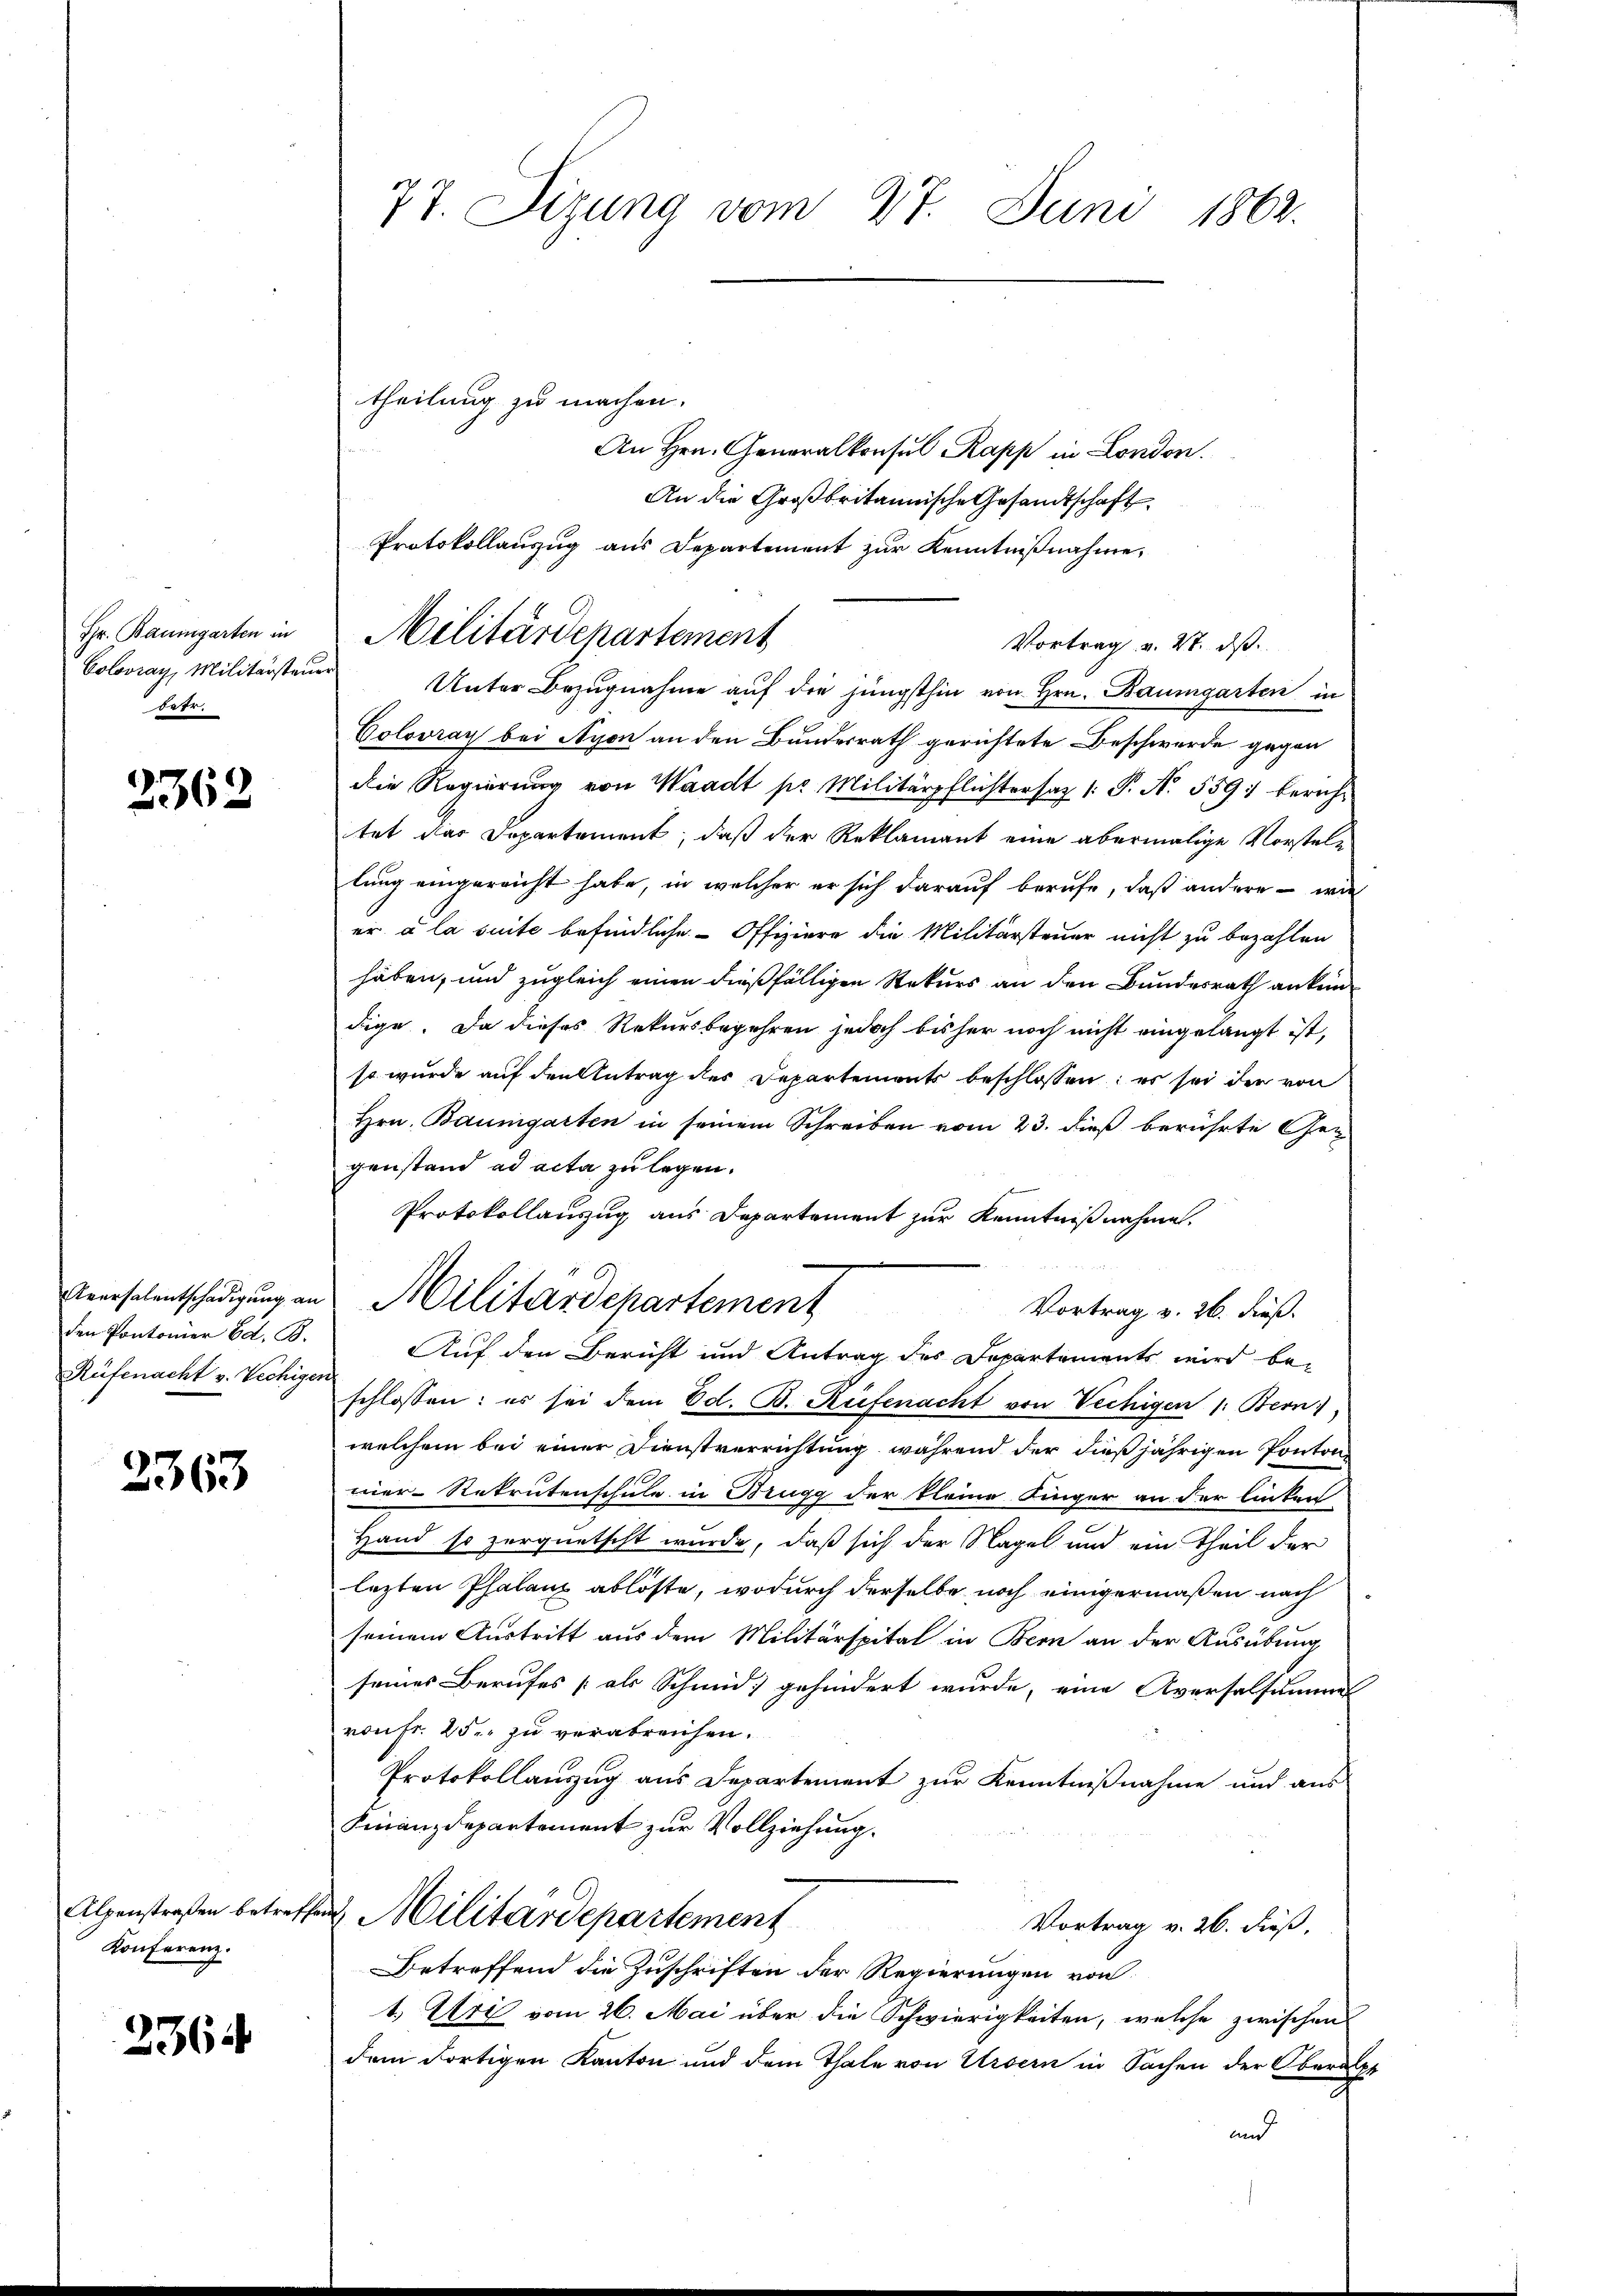
Fr. Baumgarten in
Colovray, Militärsten
betr.

2362

Aversalentschädigung an
den Pontonier Ed. B.
Rüfenacht v. Vechigen

3363

Alpenstraßen betreffe
Konferenz.

2364

77. Sizung vom 27. Juni 1862.

theilung zu machen.
An Hrn. Generalkonsul Rapp in London.
An die Großbritannische Gesandtschaft
Vortrag v. 27. ds.
u Unter Bezŭgnahme aŭf die jüngsthin von Hrn. Baumgarten in
Coloran bei Nyon an den Bundesrath gerichtete Beschwerde gegen
die Regierŭng von Waadt pr. Militärpflichtersaz /: P. N. 559 berichtet der Departement, daß der Reklamant eine abermalige Vorstele
lung eingereicht habe, in welcher er sich darauf berufe, daß andere - wie
er à la suite befindliche Offiziere die Militärsteuer nicht zu bezahlen
haben, und zugleich einen dießfälligen Rekurs an den Bundesrath an keindige. Da dieses Rekursbegehren jedoch bisher noch nicht eingelangt ist,
so wurde auf den Antrag des Departements beschlossen; es sei der von
Hrn. Baumgarten in seinem Schreiben vom 23. dieß berührte Gegenstand ad acta zu legen.
Protokollauszug aus Departement zur Kenntnißnahme.
Militärdepartement
Vortrag v. 26. dieß.
Auf den Bericht und Antrag des Departements wird beschlossen: es sei dem Ed. B. Rüfenacht von Vechigen 1: Bern),
welchem bei einer Dienstverrichtung, während der dießjährigen Pontonmer-Rekrutenschule in Brugg der kleine Finger an der linken
Hand so zerquetscht wurde, daß sich der Nagel und ein Theil der
lezten Phalanz ablöste, wodurch derselbe noch einigermaßen nach
seinem Austritt aus dem Militärspital in Bern an der Ausübung
seines Berufes [als Schmid gehindert wurde, eine Aversalsumme
ronfr. 25. zu verabreichen.
Protokollauszug aus Departement zur Kenntnißnahme und aus
Finanzdepartement zur Vollziehung.
2 Militärdepartement
Vortrag v. 26. dieß.
Betreffend die Zuschriften der Regierungen von
t. Uri vom 26. Mai über die Schwierigkeiten, welche zwischen
dem dortigen Kanton und dem Thale von Ursern in Sachen der Obern
und

Protokollanzug aus Departement zur Kenntnißnahme
Militärdepartement